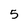
Character: 5